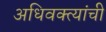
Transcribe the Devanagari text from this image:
अधिवक्त्यांची